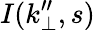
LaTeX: I(k_{\perp}^{\prime\prime},s)